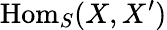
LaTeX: \mathrm{Hom}_{S}(X,X^{\prime})